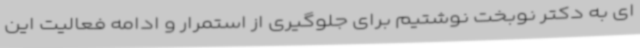
ای به دکتر نوبخت نوشتیم برای جلوگیری از استمرار و ادامه فعالیت این